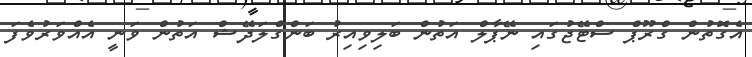
އެގޮތުން ގްރޫޕް ސްޓޭޖުގައި ނޭޕާލް އަތުން ބަލިވިއިރު ބަންގްލަދޭޝް އަތުން ވަނީ އެއްވަރުވެފަ